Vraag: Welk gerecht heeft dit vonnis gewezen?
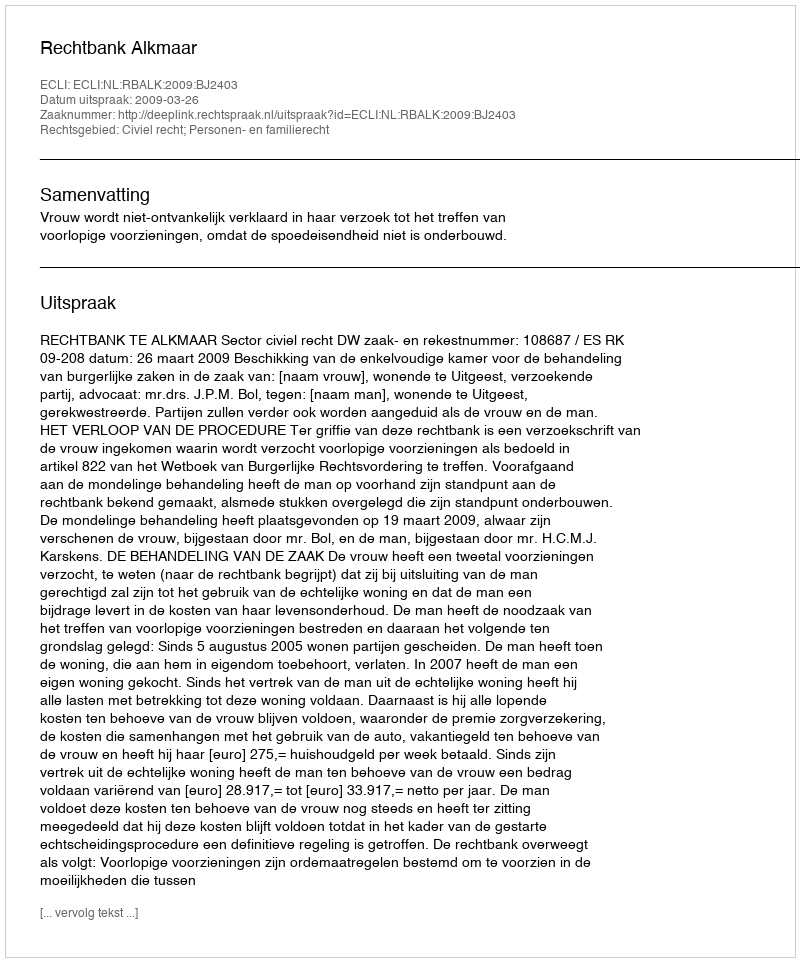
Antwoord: Rechtbank Alkmaar